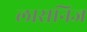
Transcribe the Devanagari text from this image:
लासनिज